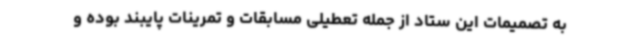
به تصمیمات این ستاد از جمله تعطیلی مسابقات و تمرینات پایبند بوده و